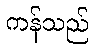
ကန်သည်